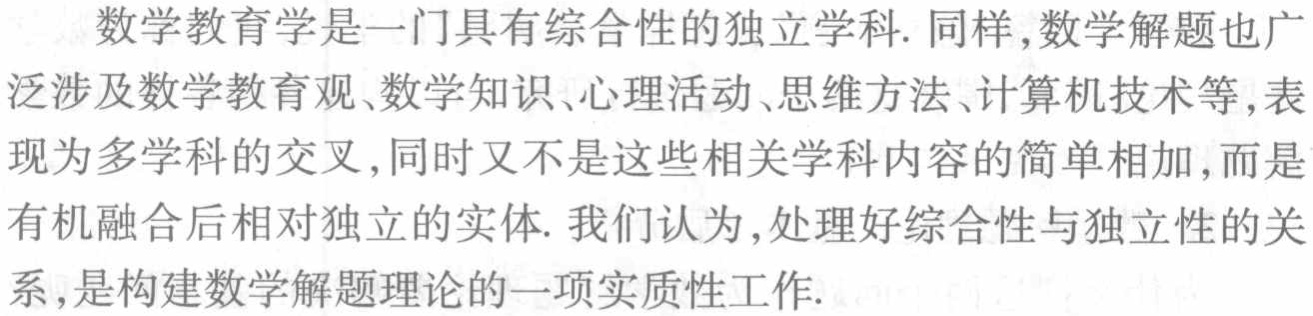
数学教育学是一门具有综合性的独立学科. 同样,数学解题也广泛涉及数学教育观、数学知识、心理活动、思维方法、计算机技术等,表现为多学科的交叉,同时又不是这些相关学科内容的简单相加,而是有机融合后相对独立的实体. 我们认为,处理好综合性与独立性的关系,是构建数学解题理论的一项实质性工作.